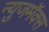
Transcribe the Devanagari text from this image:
न्युजमॅक्स